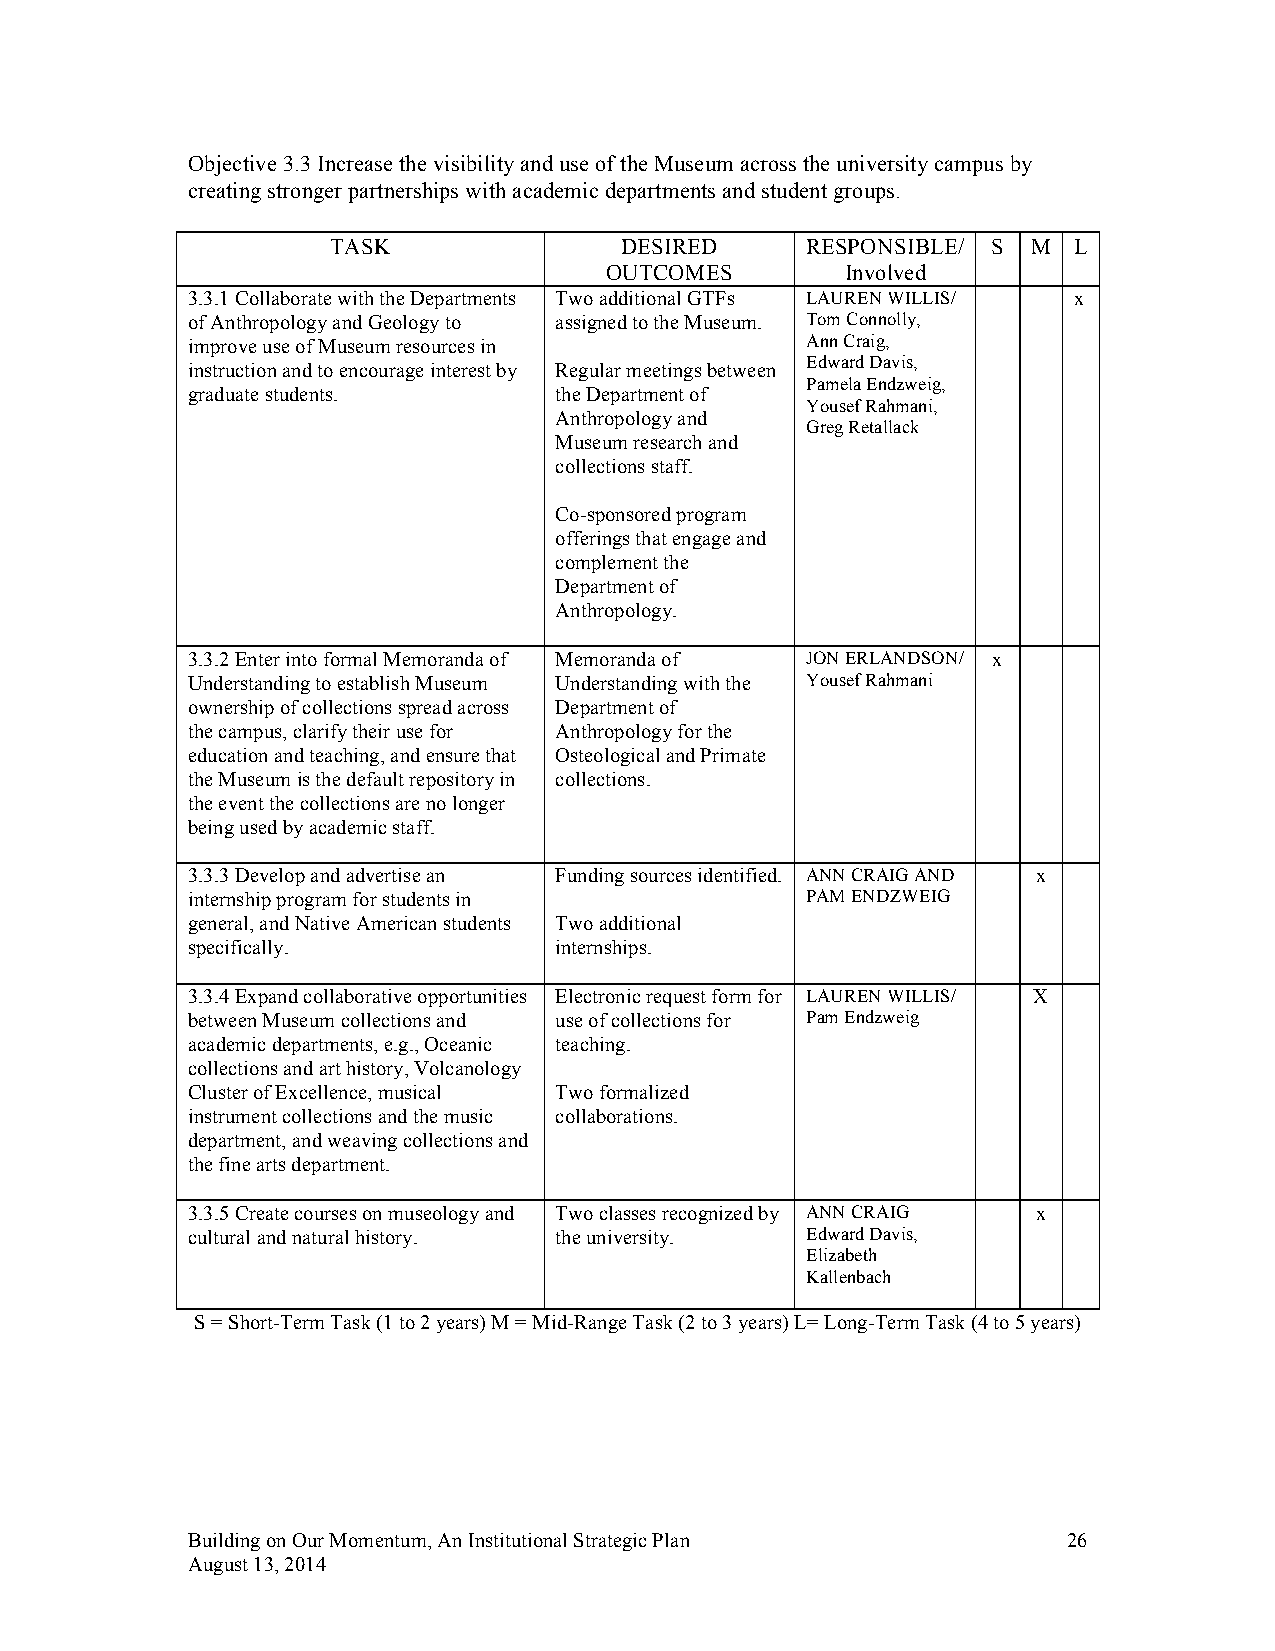
Objective 3.3 Increase the visibility and use of the Museum across the university campus by
 creating stronger partnerships with academic departments and student groups.
 TASK               DESIRED     RESPONSIBLE/ S M  L
 OUTCOMES        Involved
 3.3.1 Collaborate with the Departments Two additional GTFs LAUREN WILLIS/ x
 of Anthropology and Geology to assigned to the Museum. Tom Connolly,
 improve use of Museum resources in       Ann Craig,
 Edward Davis,
 instruction and to encourage interest by Regular meetings between
 Pamela Endzweig,
 graduate students.       the Department of
 Yousef Rahmani,
 Anthropology and
 Greg Retallack
 Museum research and
 collections staff.
 Co-sponsored program
 offerings that engage and
 complement the
 Department of
 Anthropology.
 3.3.2 Enter into formal Memoranda of Memoranda of JON ERLANDSON/ x
 Understanding to establish Museum Understanding with the Yousef Rahmani
 ownership of collections spread across Department of
 the campus, clarify their use for Anthropology for the
 education and teaching, and ensure that Osteological and Primate
 the Museum is the default repository in collections.
 the event the collections are no longer
 being used by academic staff.
 3.3.3 Develop and advertise an Funding sources identified. ANN CRAIG AND x
 internship program for students in       PAM ENDZWEIG
 general, and Native American students Two additional
 specifically.            internships.
 3.3.4 Expand collaborative opportunities Electronic request form for LAUREN WILLIS/ X
 between Museum collections and use of collections for Pam Endzweig
 academic departments, e.g., Oceanic teaching.
 collections and art history, Volcanology
 Cluster of Excellence, musical Two formalized
 instrument collections and the music collaborations.
 department, and weaving collections and
 the fine arts department.
 3.3.5 Create courses on museology and Two classes recognized by ANN CRAIG x
 cultural and natural history. the university. Edward Davis,
 Elizabeth
 Kallenbach
 S = Short-Term Task (1 to 2 years) M = Mid-Range Task (2 to 3 years) L= Long-Term Task (4 to 5 years)
 Building on Our Momentum, An Institutional Strategic Plan  26
 August 13, 2014